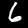
Label: 6